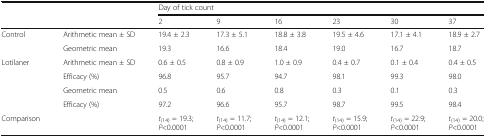
<table><thead><tr><td rowspan="2" colspan="2"></td><td colspan="6"><b>Day of tick count</b></td></tr><tr><td><b>2</b></td><td><b>9</b></td><td><b>16</b></td><td><b>23</b></td><td><b>30</b></td><td><b>37</b></td></tr></thead><tbody><tr><td rowspan="2">Control</td><td>Arithmetic mean ± SD</td><td>19.4 ± 2.3</td><td>17.3 ± 5.1</td><td>18.8 ± 3.8</td><td>19.5 ± 4.6</td><td>17.1 ± 4.1</td><td>18.9 ± 2.7</td></tr><tr><td>Geometric mean</td><td>19.3</td><td>16.6</td><td>18.4</td><td>19.0</td><td>16.7</td><td>18.7</td></tr><tr><td rowspan="4">Lotilaner</td><td>Arithmetic mean ± SD</td><td>0.6 ± 0.5</td><td>0.8 ± 0.9</td><td>1.0 ± 0.9</td><td>0.4 ± 0.7</td><td>0.1 ± 0.4</td><td>0.4 ± 0.5</td></tr><tr><td>Efficacy (%)</td><td>96.8</td><td>95.7</td><td>94.7</td><td>98.1</td><td>99.3</td><td>98.0</td></tr><tr><td>Geometric mean</td><td>0.5</td><td>0.6</td><td>0.8</td><td>0.3</td><td>0.1</td><td>0.3</td></tr><tr><td>Efficacy (%)</td><td>97.2</td><td>96.6</td><td>95.7</td><td>98.7</td><td>99.5</td><td>98.4</td></tr><tr><td>Comparison</td><td></td><td><i>t</i><sub>(14)</sub> = 19.3;<i>P</i>&lt;0.0001</td><td><i>t</i><sub>(14)</sub> = 11.7;<i>P</i>&lt;0.0001</td><td><i>t</i><sub>(14)</sub> = 12.1;<i>P</i>&lt;0.0001</td><td><i>t</i><sub>(14)</sub> = 15.9;<i>P</i>&lt;0.0001</td><td><i>t</i><sub>(14)</sub> = 22.9;<i>P</i>&lt;0.0001</td><td><i>t</i><sub>(14)</sub> = 20.0;<i>P</i>&lt;0.0001</td></tr></tbody></table>